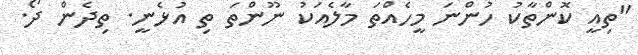
"ތިއީ ކޮންތާކު ހުންނަ މީހެއްތަ މާލެއަކު ނޫންތަ ތި އުޅެނީ. ތިދެން ދޯ.